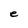
Character: e